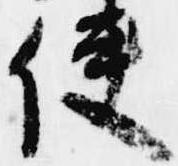
使